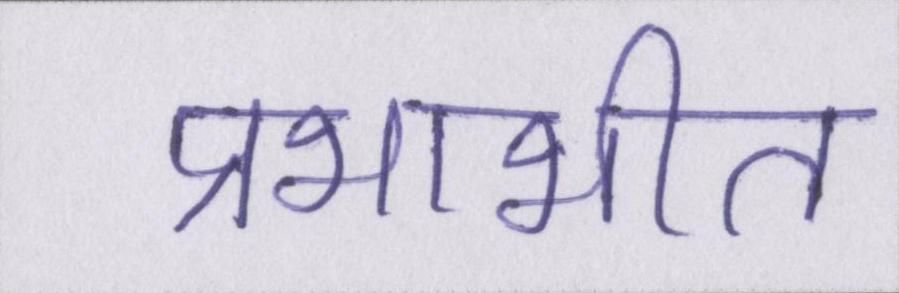
प्रभाभीत